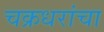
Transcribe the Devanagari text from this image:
चक्रधरांचा